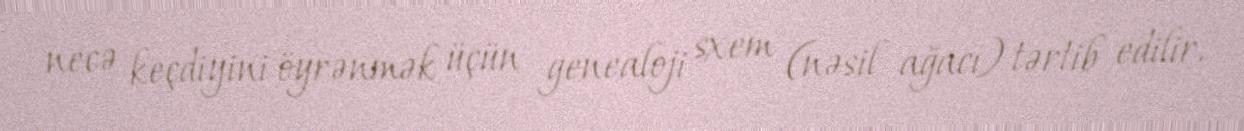
necə keçdiyini öyrənmək üçün genealoji sxem (nəsil ağacı) tərtib edilir.